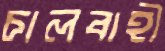
চালবাহী